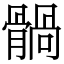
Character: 䯞